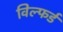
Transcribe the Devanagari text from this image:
विल्फर्ड